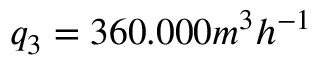
q _ { 3 } = 3 6 0 . 0 0 0 m ^ { 3 } h ^ { - 1 }